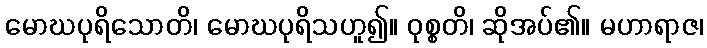
မောဃပုရိသောတိ၊ မောဃပုရိသဟူ၍။ ဝုစ္စတိ၊ ဆိုအပ်၏။ မဟာရာဇ၊